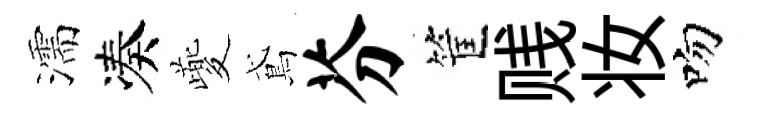
濡凑夔鳶芬筐贱妆吻